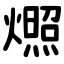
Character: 燳